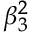
\beta _ { 3 } ^ { 2 }